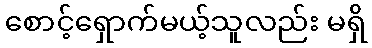
စောင့်ရှောက်မယ့်သူလည်း မရှိ